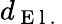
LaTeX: d_{\mathrm{~E~l~.~}}